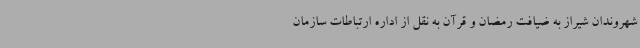
شهروندان شیراز به ضیافت رمضان و قرآن به نقل از اداره ارتباطات سازمان